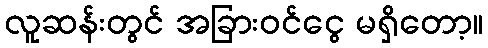
လူဆန်းတွင် အခြားဝင်ငွေ မရှိတော့။